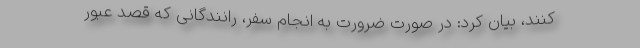
کنند، بیان کرد: در صورت ضرورت به انجام سفر، رانندگانی که قصد عبور